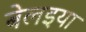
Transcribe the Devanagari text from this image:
बेलइया